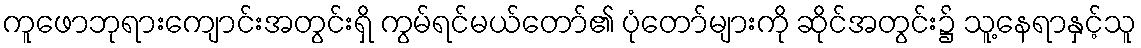
ကူဖောဘုရားကျောင်းအတွင်းရှိ ကွမ်ရင်မယ်တော်၏ ပုံတော်များကို ဆိုင်အတွင်း၌ သူ့နေရာနှင့်သူ